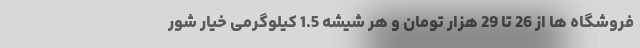
فروشگاه ها از 26 تا 29 هزار تومان و هر شیشه 1.5 کیلوگرمی خیار شور